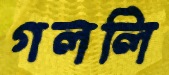
গললি